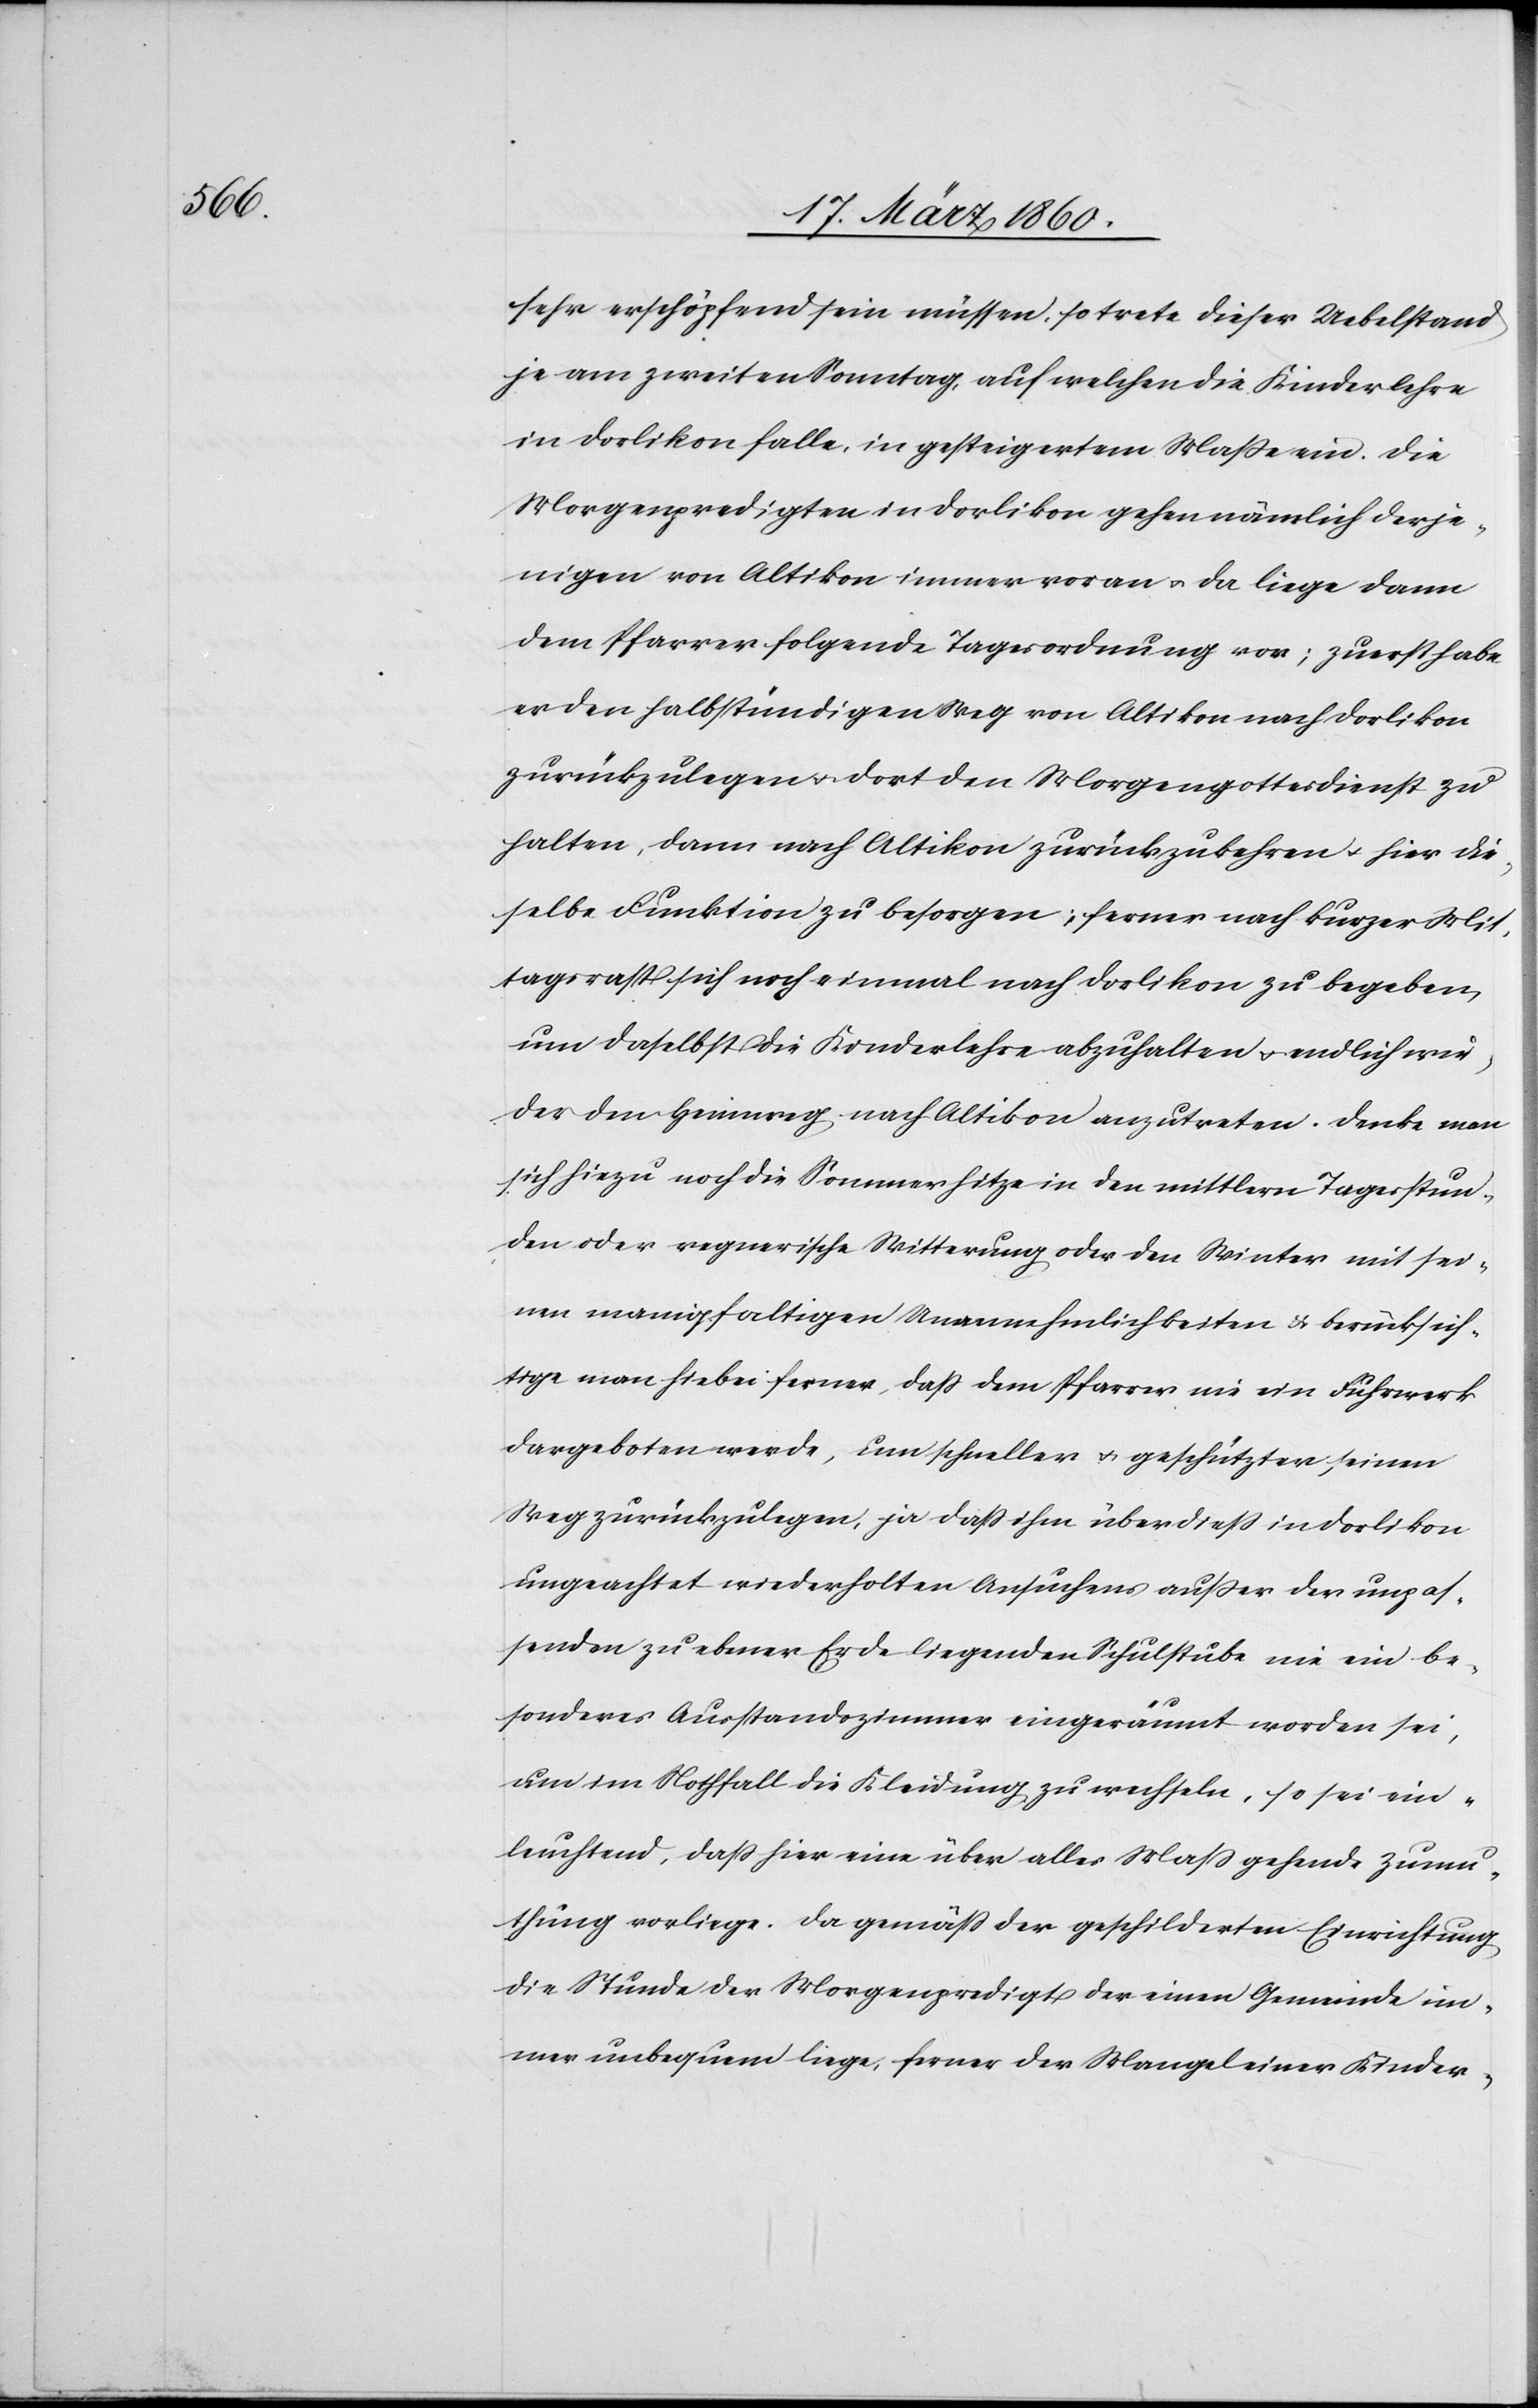
sehr erschöpfend sein müssen, so trete dieser Uebelstand
je am zweiten Sonntag, auf welchen die Kinderlehre
in Dorlikon falle, in gesteigertem Masse ein. Die
Morgenpredigten in Dorlikon gehen nämlich denje¬
nigen von Altikon immer voran u. da liege dann
dem Pfarrer folgende Tagesordnung vor; zuerst habe
er den halbstündigen Weg von Altikon nach Dorlikon
zurückzulegen u. dort den Morgengottesdienst zu
halten, dann nach Altikon zurückzukehren u. hier die¬
selbe Funktion zu besorgen; ferner nach kurzer Mit¬
tagsrast sich noch einmal nach Dorlikon zu begeben,
um daselbst die Kinderlehre abzuhalten u. endlich wie¬
der den Heimweg nach Altikon anzutreten. Denke man
sich hiezu noch die Sommerhitze in den mittlern Tagesstun¬
den oder regnerische Witterung oder den Winter mit sei¬
nen manigfaltigen Unannehmlichkeiten u. berücksich¬
tige man hiebei ferner, dass dem Pfarrer nie ein Fuhrwerk
dargeboten werde, um schneller u. geschützter seinen
Weg zurückzulegen, ja dass ihm überdiess in Dorlikon
ungeachtet wiederholten Ansuchens ausser der unpas¬
senden zu ebener Erde liegenden Schulstube nie ein be¬
sonderes Ausstandszimmer eingeräumt worden sei,
um im Nothfall die Kleidung zu wechseln, so sei ein¬
leuchtend, dass hier eine über alles Mass gehende Zumu¬
thung vorliege. Da gemäss der geschilderten Einrichtung
die Stunde der Morgenpredigt der einen Gemeinde im¬
mer unbequem liege, ferner der Mangel einer Kinder-